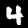
Label: 4